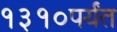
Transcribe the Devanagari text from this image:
१३१०पर्यंत